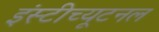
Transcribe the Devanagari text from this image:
इंस्टीच्यूटनल